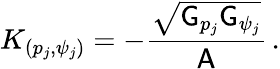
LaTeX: K_{(p_{j},\psi_{j})}=-\frac{\sqrt{\mathsf{G}_{p_{j}}\mathsf{G}_{\psi_{j}}}}{\mathsf{A}}\, .